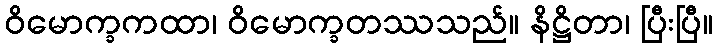
ဝိမောက္ခကထာ၊ ဝိမောက္ခတဿသည်။ နိဋ္ဌိတာ၊ ပြီးပြီ။